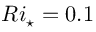
R i _ { \star } = 0 . 1